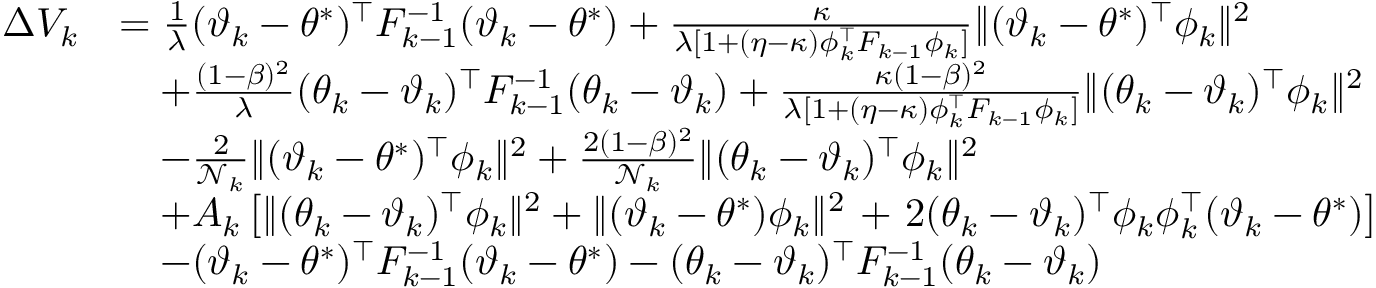
\begin{array} { r l } { \Delta V _ { k } } & { = \frac { 1 } { \lambda } ( \vartheta _ { k } - \theta ^ { * } ) ^ { \top } F _ { k - 1 } ^ { - 1 } ( \vartheta _ { k } - \theta ^ { * } ) + \frac { \kappa } { \lambda [ 1 + ( \eta - \kappa ) \phi _ { k } ^ { \top } F _ { k - 1 } \phi _ { k } ] } \| ( \vartheta _ { k } - \theta ^ { * } ) ^ { \top } \phi _ { k } \| ^ { 2 } } \\ & { \quad + \frac { ( 1 - \beta ) ^ { 2 } } { \lambda } ( \theta _ { k } - \vartheta _ { k } ) ^ { \top } F _ { k - 1 } ^ { - 1 } ( \theta _ { k } - \vartheta _ { k } ) + \frac { \kappa ( 1 - \beta ) ^ { 2 } } { \lambda [ 1 + ( \eta - \kappa ) \phi _ { k } ^ { \top } F _ { k - 1 } \phi _ { k } ] } \| ( \theta _ { k } - \vartheta _ { k } ) ^ { \top } \phi _ { k } \| ^ { 2 } } \\ & { \quad - \frac { 2 } { \mathcal { N } _ { k } } \| ( \vartheta _ { k } - \theta ^ { * } ) ^ { \top } \phi _ { k } \| ^ { 2 } + \frac { 2 ( 1 - \beta ) ^ { 2 } } { \mathcal { N } _ { k } } \| ( \theta _ { k } - \vartheta _ { k } ) ^ { \top } \phi _ { k } \| ^ { 2 } } \\ & { \quad + A _ { k } \left[ \| ( \theta _ { k } - \vartheta _ { k } ) ^ { \top } \phi _ { k } \| ^ { 2 } + \| ( \vartheta _ { k } - \theta ^ { * } ) \phi _ { k } \| ^ { 2 } \right. + \left. 2 ( \theta _ { k } - \vartheta _ { k } ) ^ { \top } \phi _ { k } \phi _ { k } ^ { \top } ( \vartheta _ { k } - \theta ^ { * } ) \right] } \\ & { \quad - ( \vartheta _ { k } - \theta ^ { * } ) ^ { \top } F _ { k - 1 } ^ { - 1 } ( \vartheta _ { k } - \theta ^ { * } ) - ( \theta _ { k } - \vartheta _ { k } ) ^ { \top } F _ { k - 1 } ^ { - 1 } ( \theta _ { k } - \vartheta _ { k } ) } \end{array}